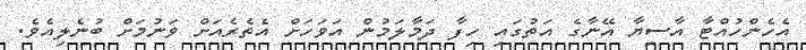
އެހެންހުއްޓާ އާސިޔާ އޭނާގެ އަތުގައި ހިފާ ދަމާލަމުން އަވަހަށް އެތެރެއަށް ވަނުމަށް ބުނެލިއެވެ.